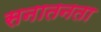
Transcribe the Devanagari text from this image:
सनातनता